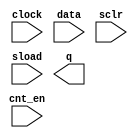
module counterR7 (
	clock,
	cnt_en,
	data,
	sclr,
	sload,
	q);

	input	  clock;
	input	  cnt_en;
	input	[15:0]  data;
	input	  sclr;
	input	  sload;
	output	[15:0]  q;

endmodule